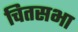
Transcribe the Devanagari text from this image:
चितसभा